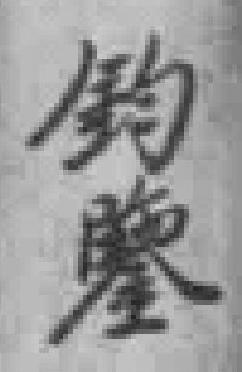
釣鑒